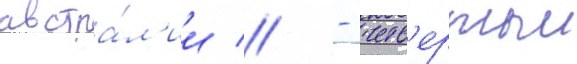
австра́л'ии // - четв'ертыи